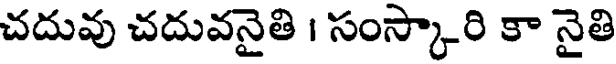
చదువు చదువనైతి । సంస్కారి కా నైతి